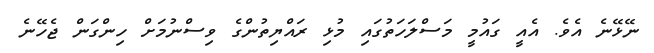
ނޭޅޭނެ އެވެ. އެއީ ގައުމީ މަސްލަހަތުގައި މުޅި ރައްޔިތުންގެ ވިސްނުމަށް ހިންގަން ޖެހޭނެ